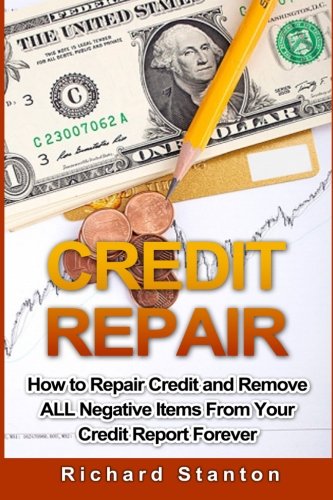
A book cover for Credit Repair: How To Repair Credit And Remove ALL Negative Items From Your Credit Report Forever; Richard Stanton; Business & Money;